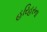
હરિહરના